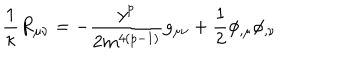
\frac { 1 } { \kappa } R _ { \mu \nu } = - \frac { y ^ { p } } { 2 m ^ { 4 ( p - 1 ) } } g _ { \mu \nu } + \frac { 1 } { 2 } \phi _ { , \mu } \phi _ { , \nu }